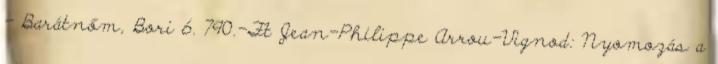
- Barátnőm, Bori 6. 790.-Ft Jean-Philippe Arrou-Vignod: Nyomozás a